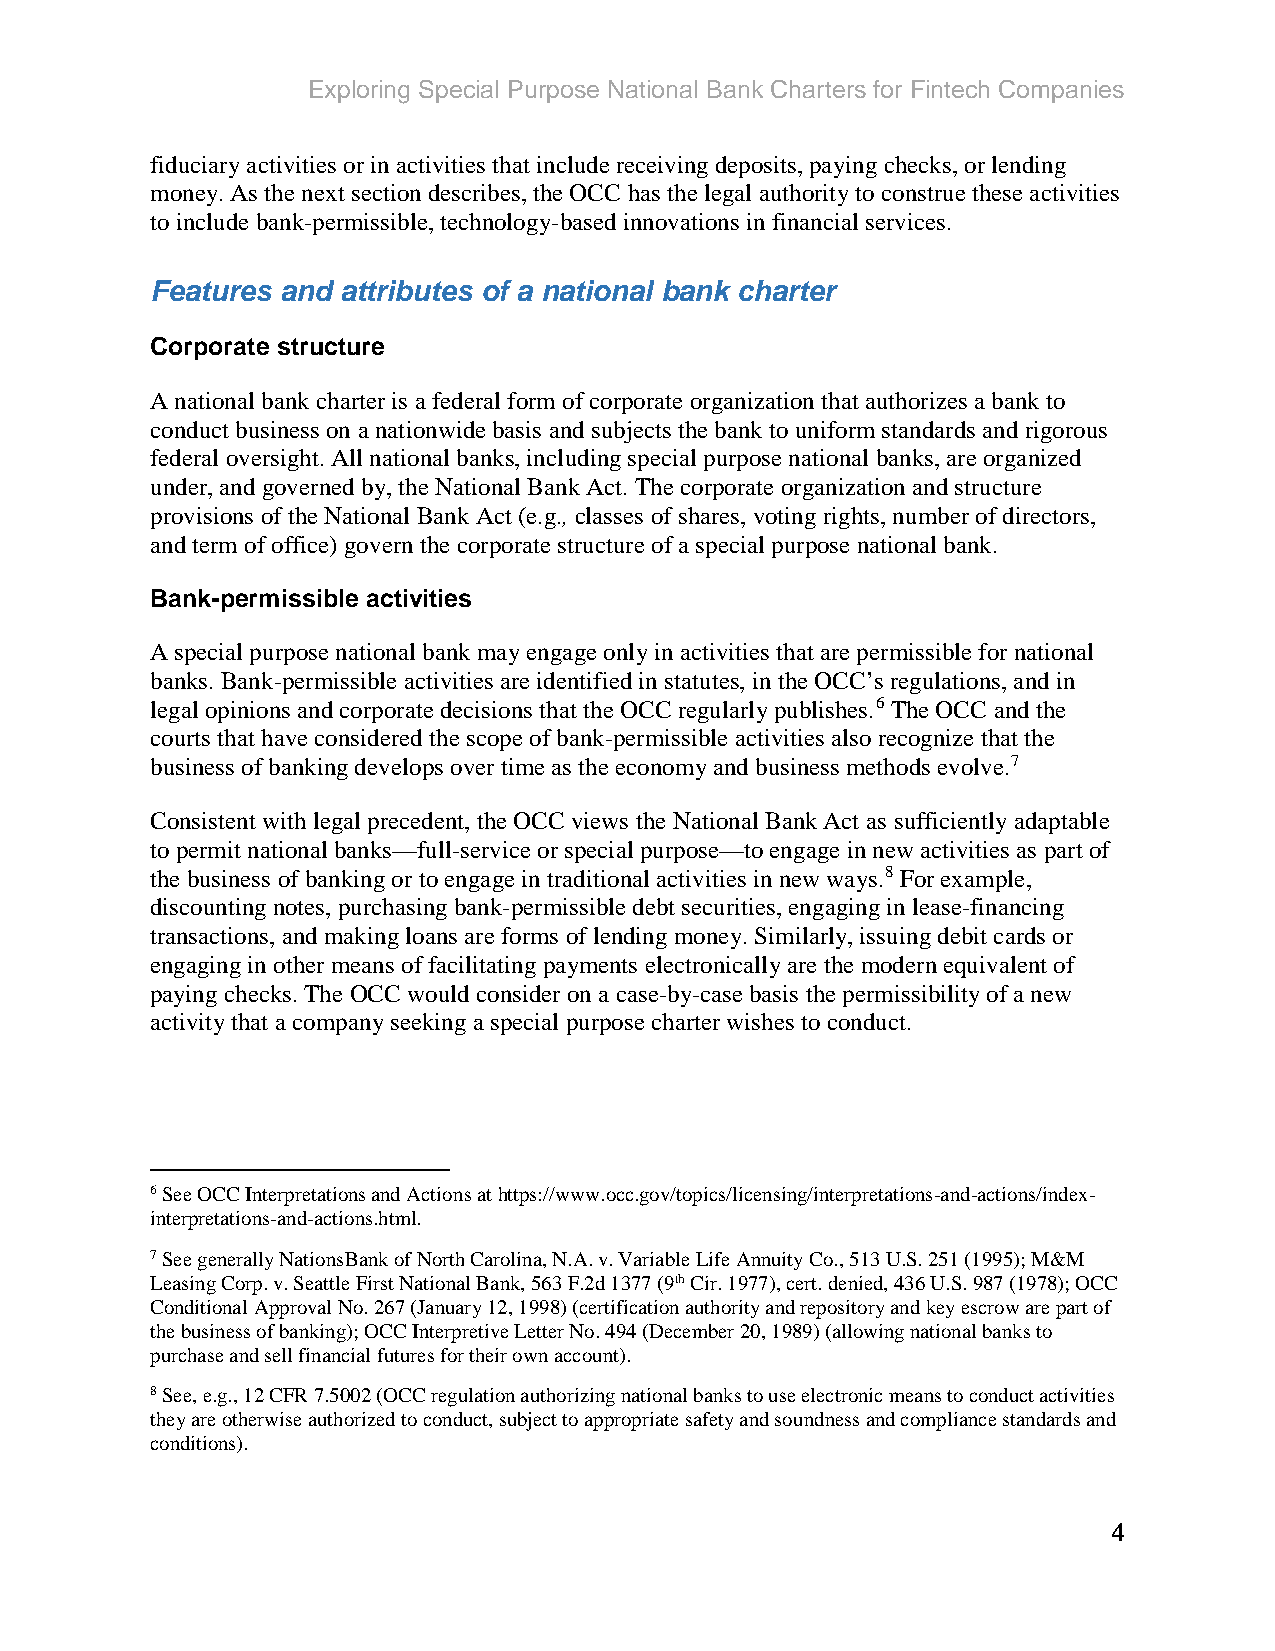
Exploring Special Purpose National Bank Charters for Fintech Companies
 fiduciary activities or in activities that include receiving deposits, paying checks, or lending
 money. As the next section describes, the OCC has the legal authority to construe these activities
 to include bank-permissible, technology-based innovations in financial services.
 Features and attributes of a national bank charter
 Corporate structure
 A national bank charter is a federal form of corporate organization that authorizes a bank to
 conduct business on a nationwide basis and subjects the bank to uniform standards and rigorous
 federal oversight. All national banks, including special purpose national banks, are organized
 under, and governed by, the National Bank Act. The corporate organization and structure
 provisions of the National Bank Act (e.g., classes of shares, voting rights, number of directors,
 and term of office) govern the corporate structure of a special purpose national bank.
 Bank-permissible activities
 A special purpose national bank may engage only in activities that are permissible for national
 banks. Bank-permissible activities are identified in statutes, in the OCC’s regulations, and in
 legal opinions and corporate decisions that the OCC regularly publishes.6 The OCC and the
 courts that have considered the scope of bank-permissible activities also recognize that the
 business of banking develops over time as the economy and business methods evolve.7
 Consistent with legal precedent, the OCC views the National Bank Act as sufficiently adaptable
 to permit national banks—full-service or special purpose—to engage in new activities as part of
 the business of banking or to engage in traditional activities in new ways.8 For example,
 discounting notes, purchasing bank-permissible debt securities, engaging in lease-financing
 transactions, and making loans are forms of lending money. Similarly, issuing debit cards or
 engaging in other means of facilitating payments electronically are the modern equivalent of
 paying checks. The OCC would consider on a case-by-case basis the permissibility of a new
 activity that a company seeking a special purpose charter wishes to conduct.
 6 See OCC Interpretations and Actions at https://www.occ.gov/topics/licensing/interpretations-and-actions/index-
 interpretations-and-actions.html.
 7 See generally NationsBank of North Carolina, N.A. v. Variable Life Annuity Co., 513 U.S. 251 (1995); M&M
 Leasing Corp. v. Seattle First National Bank, 563 F.2d 1377 (9th Cir. 1977), cert. denied, 436 U.S. 987 (1978); OCC
 Conditional Approval No. 267 (January 12, 1998) (certification authority and repository and key escrow are part of
 the business of banking); OCC Interpretive Letter No. 494 (December 20, 1989) (allowing national banks to
 purchase and sell financial futures for their own account).
 8 See, e.g., 12 CFR 7.5002 (OCC regulation authorizing national banks to use electronic means to conduct activities
 they are otherwise authorized to conduct, subject to appropriate safety and soundness and compliance standards and
 conditions).
 4